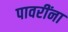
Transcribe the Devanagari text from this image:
पावरींना